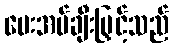
ပေးအပ်ချီးမြှင့်သည်